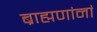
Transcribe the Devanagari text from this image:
ब्राह्मणांनां